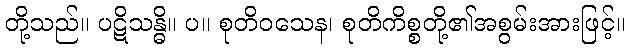
တို့သည်။ ပဋိသန္ဓိ။ ပ။ စုတိဝသေန၊ စုတိကိစ္စတို့၏အစွမ်းအားဖြင့်။